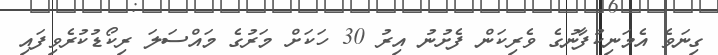
ގިނަވެ އެމަނިކުފާނުގެ ވެރިކަން ފެށުނު އިރު 30 ހަކަށް މަރުގެ މައްސަލަ ރިކޯޑުކުރެވިފައި